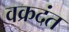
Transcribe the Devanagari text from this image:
वक्रदंत